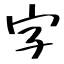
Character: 字